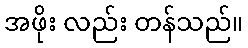
အဖိုး လည်း တန်သည်။